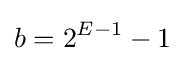
b=2^{E-1}-1